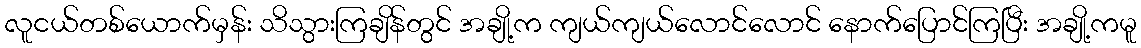
လူငယ်တစ်ယောက်မှန်း သိသွားကြချိန်တွင် အချို့က ကျယ်ကျယ်လောင်လောင် နောက်ပြောင်ကြပြီး အချို့ကမူ